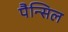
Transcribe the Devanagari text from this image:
पैन्सिल